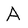
Character: A